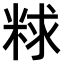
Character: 𫃁